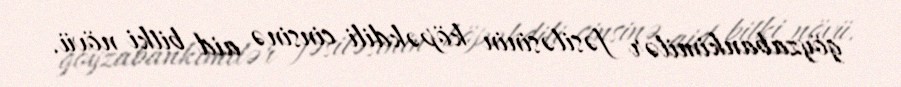
göyzabankimilər fəsiləsinin köpəkdili cinsinə aid bitki növü.